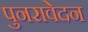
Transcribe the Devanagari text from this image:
पुनरावेदन